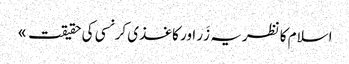
اسلام کا نظریہ زَر اور کاغذی کرنسی کی حقیقت »